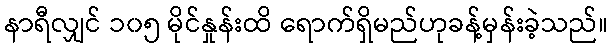
နာရီလျှင် ၁၀၅ မိုင်နှုန်းထိ ရောက်ရှိမည်ဟုခန့်မှန်းခဲ့သည်။